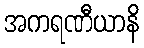
အကရဏီယာနိ